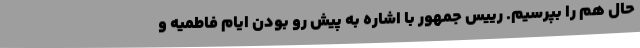
حال هم را بپرسیم. رییس جمهور با اشاره به پیش رو بودن ایام فاطمیه و